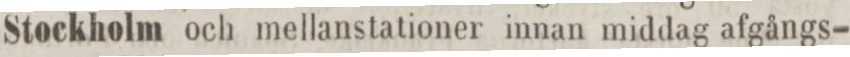
Stockholm och mellanstationer innan middag afgångs-